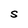
Character: S